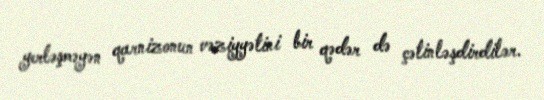
yerləşməyən qarnizonun vəziyyətini bir qədər də çətinləşdirdilər.